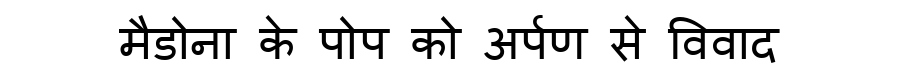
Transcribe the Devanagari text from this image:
मैडोना के पोप को अर्पण से विवाद